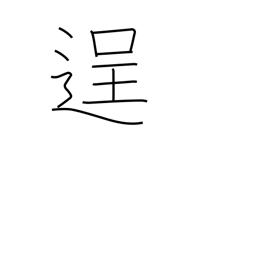
Meaning: bold